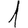
Digit: 1